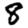
Digit: 8